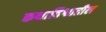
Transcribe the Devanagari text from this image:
कथाविश्वातील